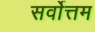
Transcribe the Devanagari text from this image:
सर्वाेत्तम